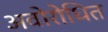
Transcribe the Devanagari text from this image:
अवोरोधित